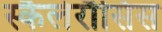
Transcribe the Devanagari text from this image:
स्कैलेरौसिस